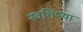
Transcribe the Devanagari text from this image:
नवशिष्या